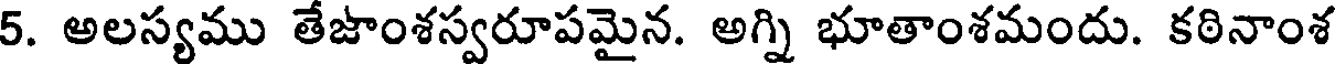
5. అలస్యము తేజాంశస్వరూపమైన. అగ్ని భూతాంశమందు. కఠినాంశ